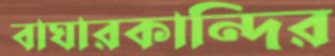
বাঘারকান্দির